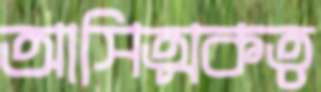
আসিত্মকত্ব